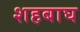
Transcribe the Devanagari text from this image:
शहबाघ